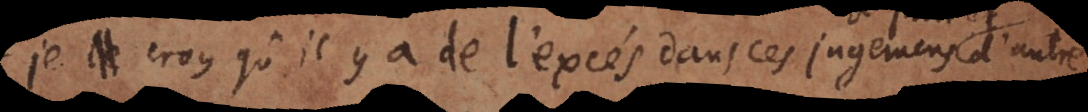
je croy qu’il y a de l’excès dans ces jugemens de